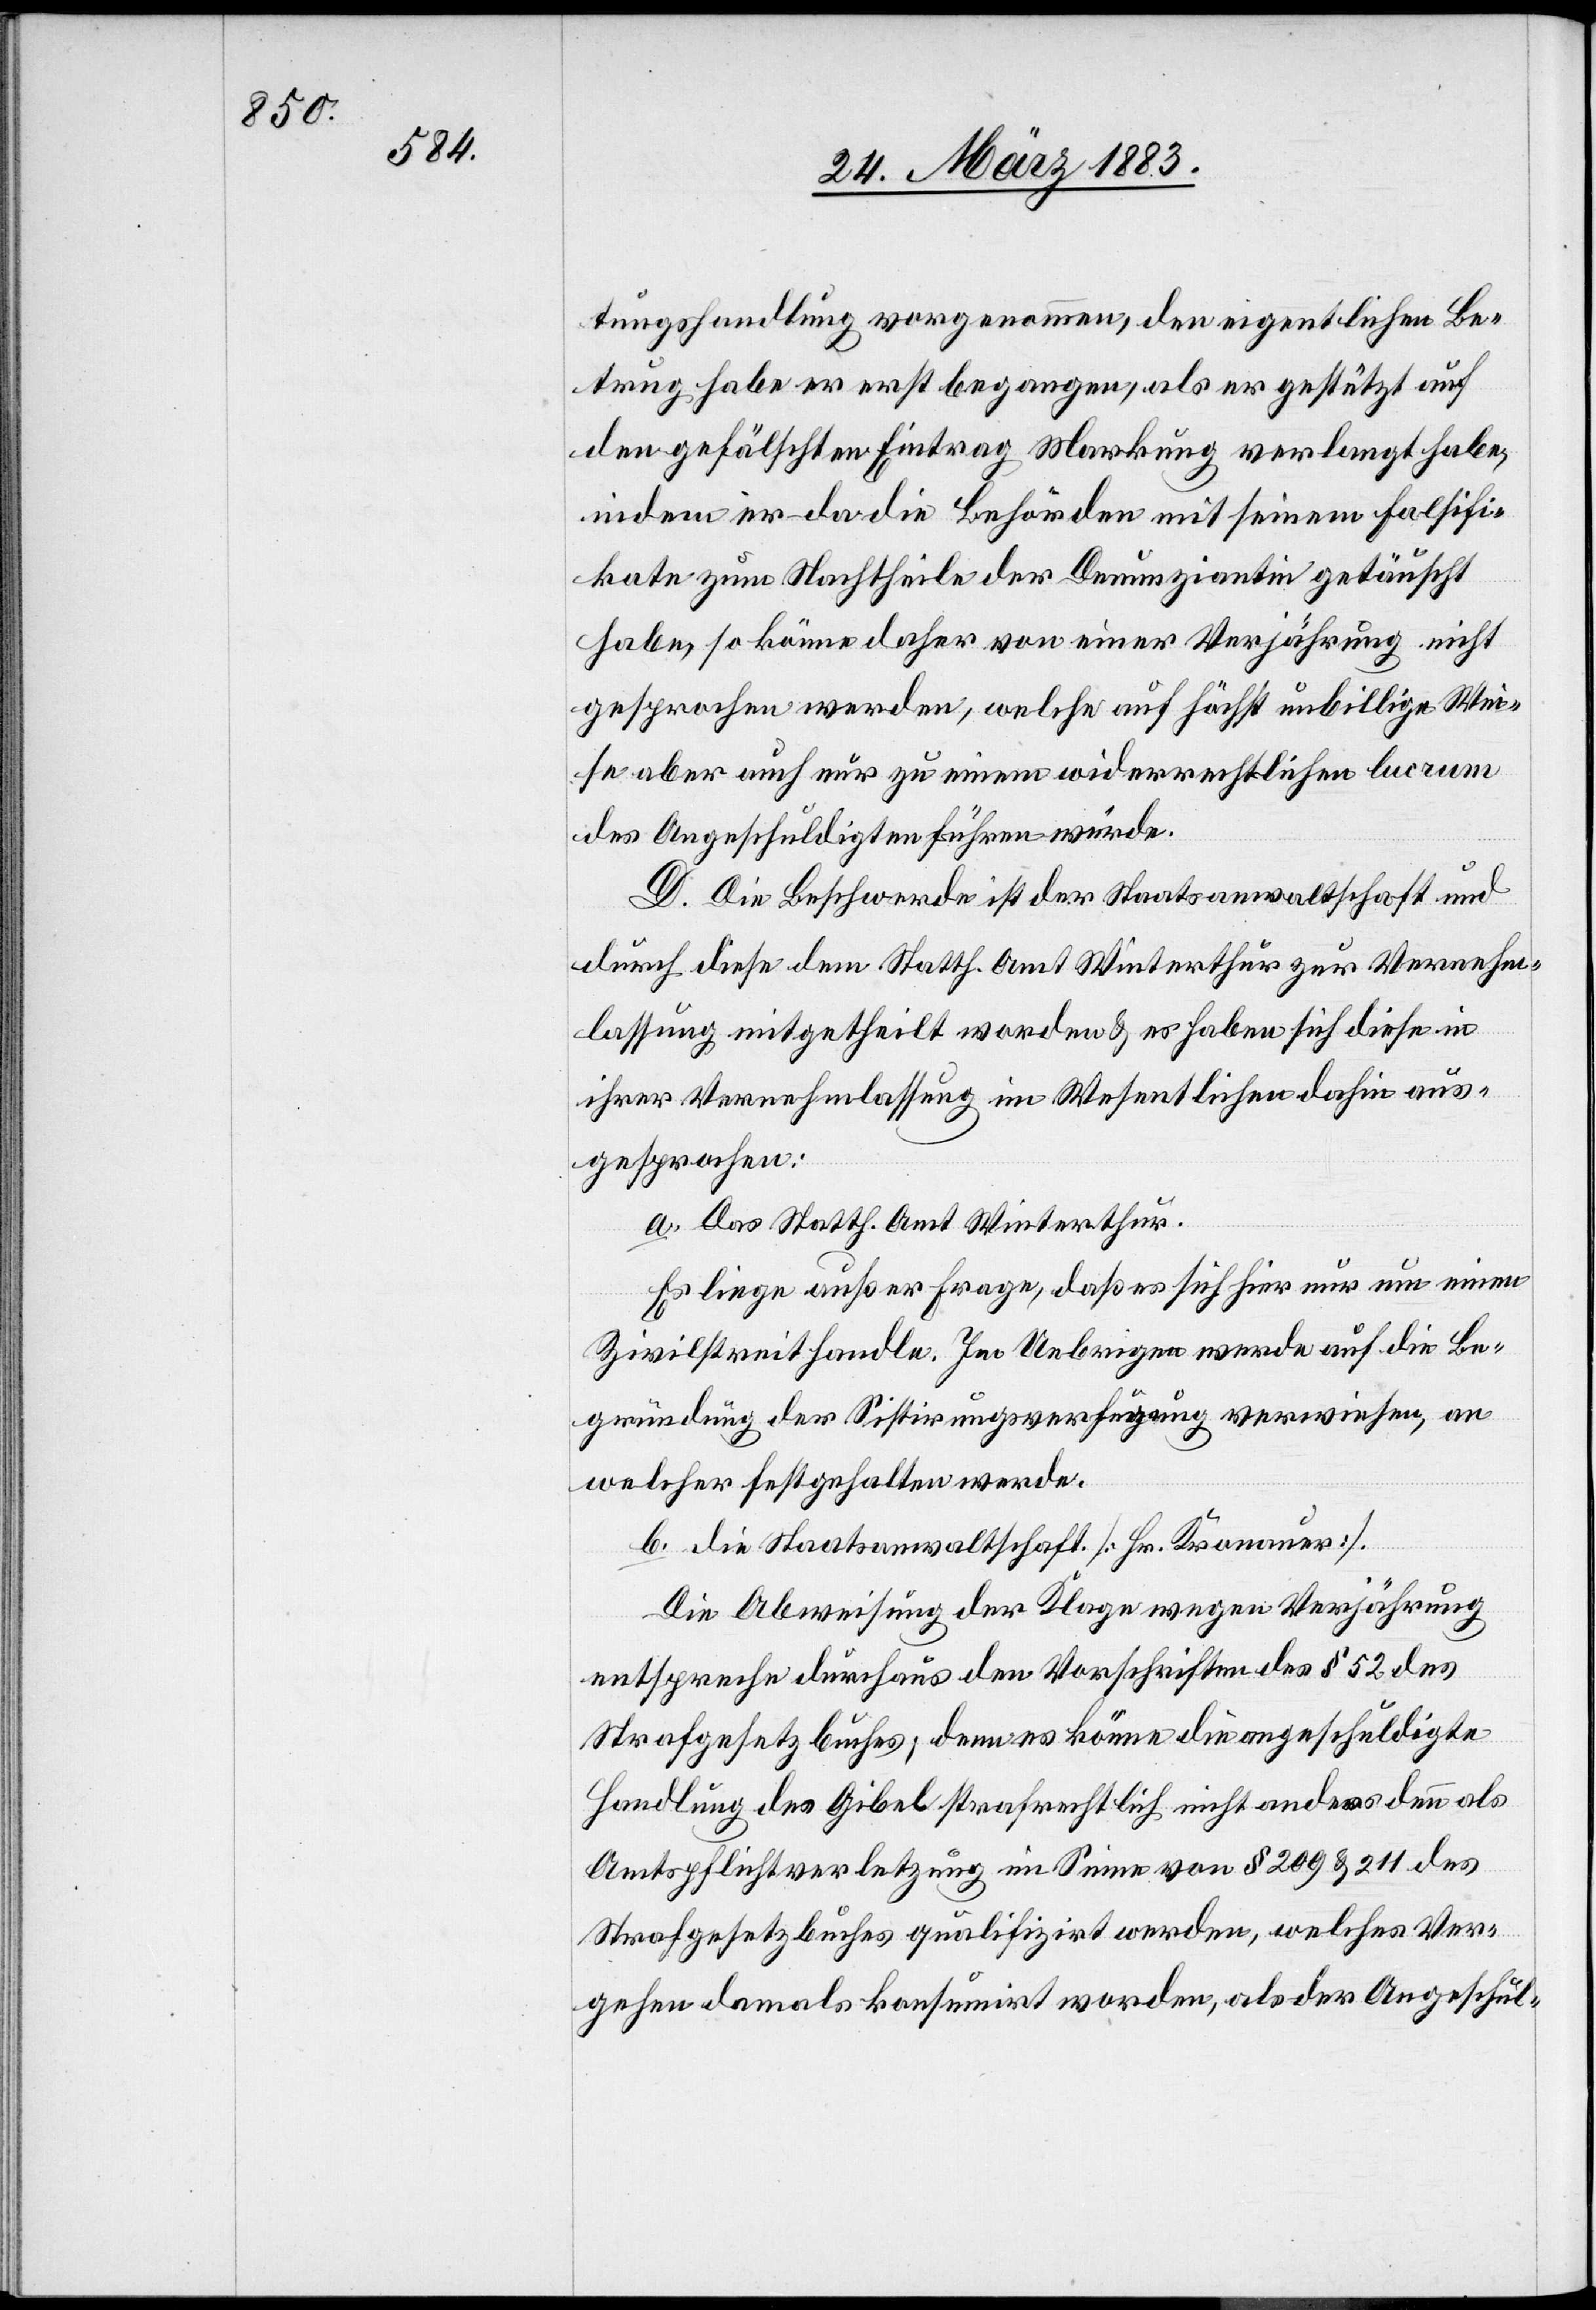
tungshandlung vorgenommen, den eigentlichen Be¬
trug habe er erst begangen, als er gestützt auf
den gefälschten Eintrag Markung verlangt habe,
indem er da die Behörden mit seinem Falsifi¬
kate zum Nachtheile der Denunziantin getäuscht
habe, so könne daher von einer Verjährung nicht
gesprochen werden, welche auf höchst unbillige Wei¬
se aber auch nur zu einem widerrechtlichen lucrum
des Angeschuldigten führen würde.
D. Die Beschwerde ist der Staatsanwaltschaft und
durch diese dem Statth. Amt Winterthur zur Vernehm¬
lassung mitgetheilt worden & es haben sich diese in
ihrer Vernehmlassung im Wesentlichen dahin aus¬
gesprochen:
a. Das Statth. Amt Winterthur.
Es liege außer Frage, daß es sich hier nur um einen
Zivilstreit handle. Im Uebrigen werde auf die Be¬
gründung der Sistirungsverfügung verwiesen, an
welcher festgehalten werde.
b. Die Staatsanwaltschaft [Hr. Kronauer].
Die Abweisung der Klage wegen Verjährung
entspreche durchaus den Vorschriften des § 52 des
Strafgesetzbuches; denn es könne die angeschuldigte
Handlung des Gibel strafrechtlich nicht anders denn als
Amtspflichtverletzung im Sinne von § 209 & 211 des
Strafgesetzbuches qualifizirt werden, welches Ver¬
gehen damals konsumirt worden, als der Angeschul-